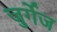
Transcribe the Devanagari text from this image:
जुर्गेज